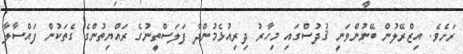
ރަށެވެ. އިޒްރޭލުން ބޭނުންވަނީ ޤުދުސްގައި މިހާރު ދިރިއުޅެމުންދާ ފަލަސްތީނުގެ ރައްޔިތުންގެ ގެތަކުން ފައްސާލާ